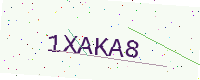
Text: 1XAKA8